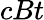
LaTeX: cBt